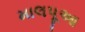
માલપૂઆ